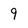
Character: 9